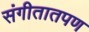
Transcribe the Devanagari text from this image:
संगीतातपण